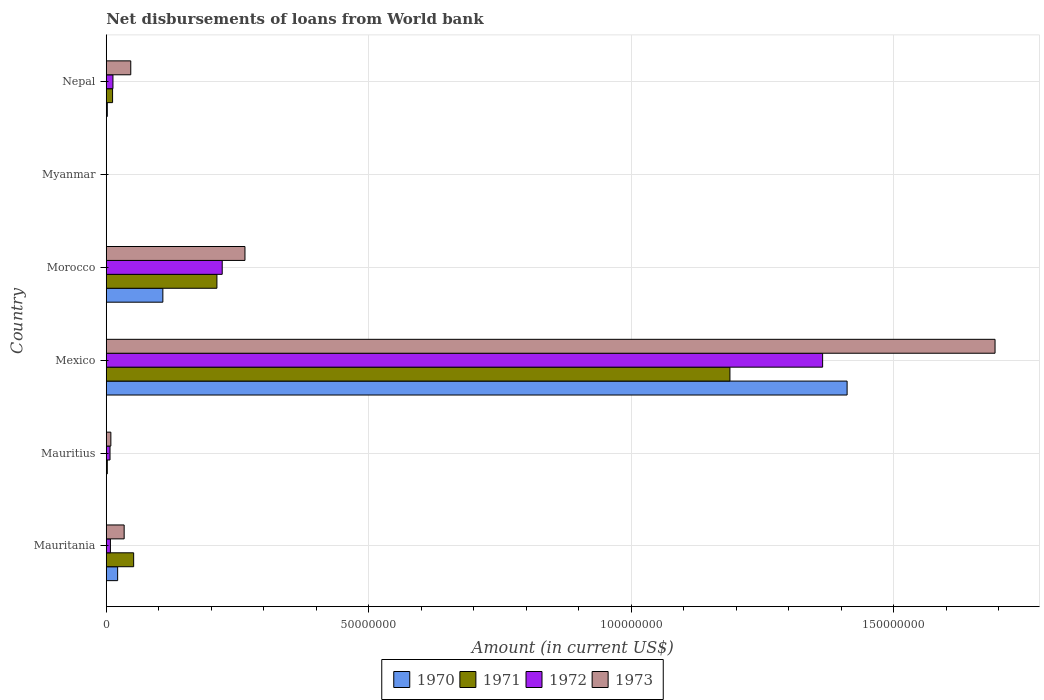
| Country | 1970 | 1971 | 1972 | 1973 |
 | --- | --- | --- | --- | --- |
 | Mauritania | 2.17e+06 | 5.22e+06 | 7.93e+05 | 3.41e+06 |
 | Mauritius | -2.95e+05 | 1.99e+05 | 7.17e+05 | 8.79e+05 |
 | Mexico | 1.41e+08 | 1.19e+08 | 1.36e+08 | 1.69e+08 |
 | Morocco | 1.08e+07 | 2.11e+07 | 2.21e+07 | 2.64e+07 |
 | Myanmar | -2.42e+06 | -2.54e+06 | -2.08e+06 | -3.34e+06 |
 | Nepal | 2.02e+05 | 1.21e+06 | 1.28e+06 | 4.67e+06 |